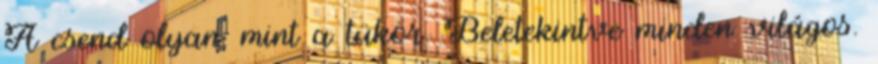
A csend olyan, mint a tükör. Beletekintve minden világos.